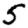
Digit: 5